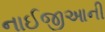
નાઈજીઆની